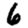
Digit: 6